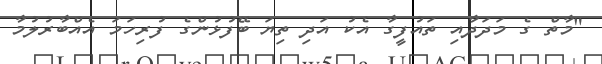
"މާތް ގެ މަދަދާއި ތައުފީގާ އެކު އަދި ތިޔަ ބޭފުޅުންގެ ފުރިހަމަ އެއްބާރުލުމާ